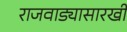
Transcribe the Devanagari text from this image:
राजवाड्यासारखी